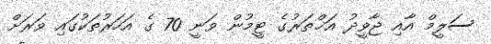
ސަލީމް އާއި ޖާވީދު އަޚްތަރުގެ ޓީމުން ވަނީ 70 ގެ އަހަރުތަކުގައި ވަރަށް